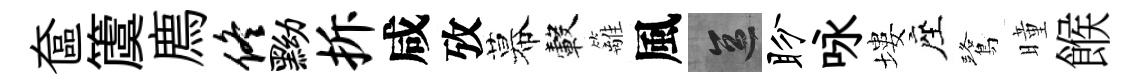
奩𥵂廌佟黝拆咸攷幕轂籬風區盼咏塿座鷺曈餱